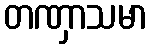
တဏှာသမာ